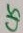
Text: C15